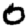
Digit: 0